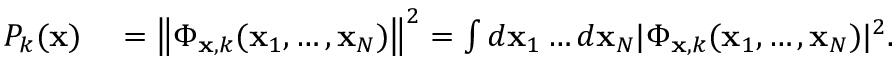
\begin{array} { r l } { P _ { k } ( \mathbf { x } ) } & { { } = \left\| \Phi _ { \mathbf { x } , k } ( \mathbf { x } _ { 1 } , \ldots , \mathbf { x } _ { N } ) \right\| ^ { 2 } = \int d \mathbf { x } _ { 1 } \ldots { } d \mathbf { x } _ { N } | \Phi _ { \mathbf { x } , k } ( \mathbf { x } _ { 1 } , \ldots , \mathbf { x } _ { N } ) | ^ { 2 } . } \end{array}